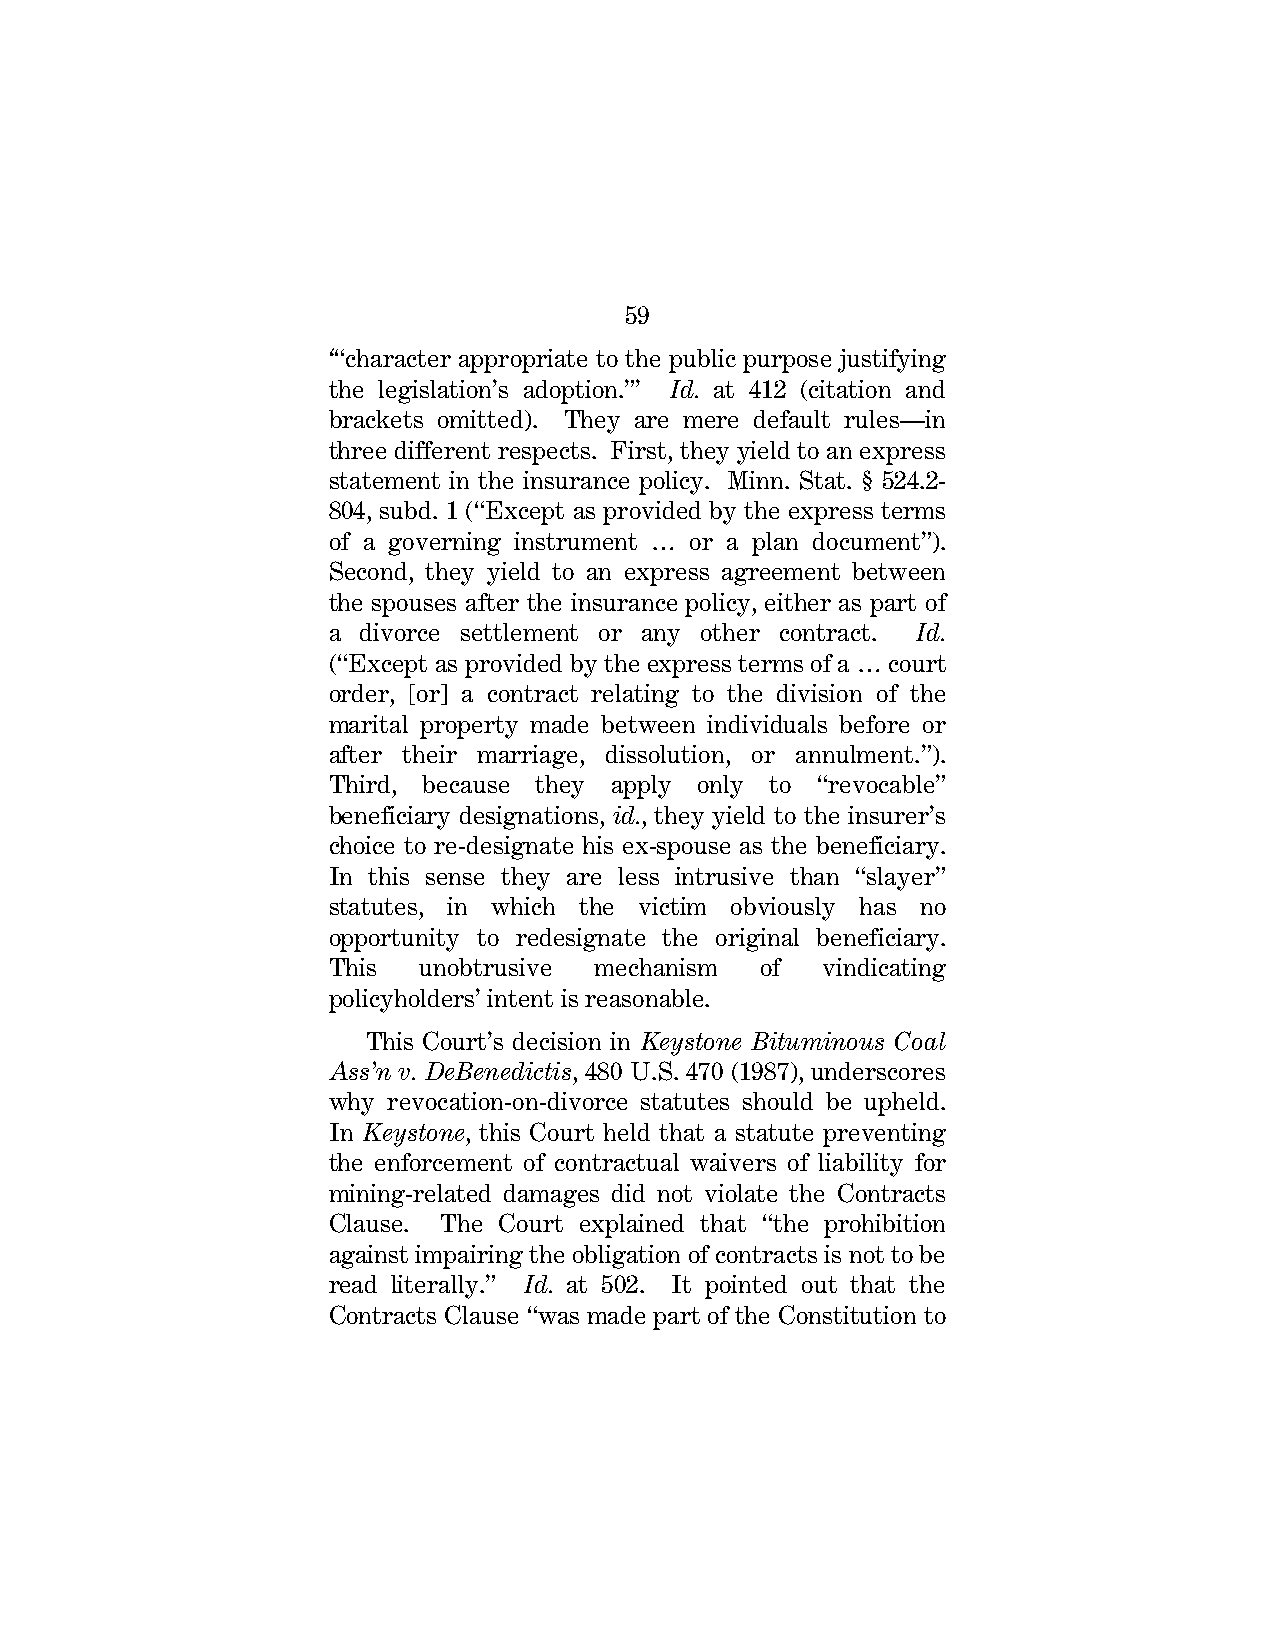
59
 ‘“character appropriate to the public purpose justifying
 the legislation’s adoption.”’ Id. at 412 (citation and
 brackets omitted). They are mere default rules—in
 three different respects. First, they yield to an express
 statement in the insurance policy. Minn. Stat. § 524.2-
 804, subd. 1 (“Except as provided by the express terms
 of a governing instrument … or a plan document”).
 Second, they yield to an express agreement between
 the spouses after the insurance policy, either as part of
 a divorce settlement or any other contract. Id.
 (“Except as provided by the express terms of a … court
 order, [or] a contract relating to the division of the
 marital property made between individuals before or
 after their marriage, dissolution, or annulment.”).
 Third, because they apply only to “revocable”
 beneficiary designations, id., they yield to the insurer’s
 choice to re-designate his ex-spouse as the beneficiary.
 In this sense they are less intrusive than “slayer”
 statutes, in which the victim obviously has no
 opportunity to redesignate the original beneficiary.
 This  unobtrusive mechanism of  vindicating
 policyholders’ intent is reasonable.
 This Court’s decision in Keystone Bituminous Coal
 Ass’n v. DeBenedictis, 480 U.S. 470 (1987), underscores
 why revocation-on-divorce statutes should be upheld.
 In Keystone, this Court held that a statute preventing
 the enforcement of contractual waivers of liability for
 mining-related damages did not violate the Contracts
 Clause. The Court explained that “the prohibition
 against impairing the obligation of contracts is not to be
 read literally.” Id. at 502. It pointed out that the
 Contracts Clause “was made part of the Constitution to